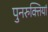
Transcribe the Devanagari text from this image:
पुनरुक्तियां